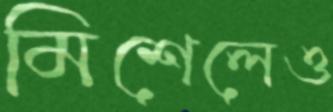
মিশেলেও